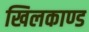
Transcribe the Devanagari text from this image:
खिलकाण्ड